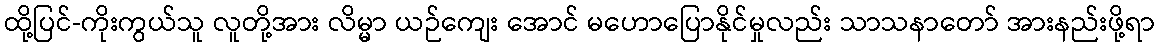
ထို့ပြင်-ကိုးကွယ်သူ လူတို့အား လိမ္မာ ယဉ်ကျေး အောင် မဟောပြောနိုင်မှုလည်း သာသနာတော် အားနည်းဖို့ရာ